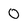
Character: 0